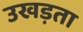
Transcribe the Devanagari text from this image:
उखड़ता